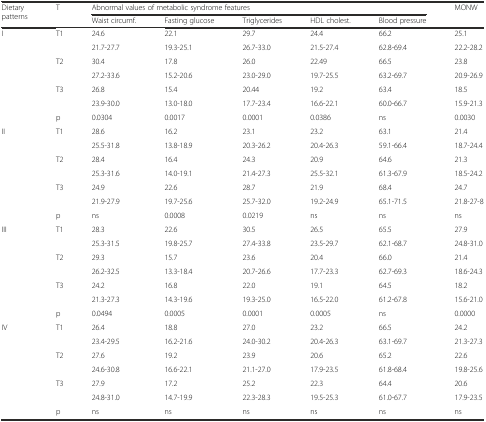
<table><thead><tr><td rowspan="2"><b>Dietary patterns</b></td><td rowspan="2"><b>T</b></td><td colspan="5"><b>Abnormal values of metabolic syndrome features</b></td><td rowspan="2"><b>MONW</b></td></tr><tr><td><b>Waist circumf.</b></td><td><b>Fasting glucose</b></td><td><b>Triglycerides</b></td><td><b>HDL cholest.</b></td><td><b>Blood pressure</b></td></tr></thead><tbody><tr><td rowspan="7">I</td><td rowspan="2">T1</td><td>24.6</td><td>22.1</td><td>29.7</td><td>24.4</td><td>66.2</td><td>25.1</td></tr><tr><td>21.7-27.7</td><td>19.3-25.1</td><td>26.7-33.0</td><td>21.5-27.4</td><td>62.8-69.4</td><td>22.2-28.2</td></tr><tr><td rowspan="2">T2</td><td>30.4</td><td>17.8</td><td>26.0</td><td>22.49</td><td>66.5</td><td>23.8</td></tr><tr><td>27.2-33.6</td><td>15.2-20.6</td><td>23.0-29.0</td><td>19.7-25.5</td><td>63.2-69.7</td><td>20.9-26.9</td></tr><tr><td rowspan="2">T3</td><td>26.8</td><td>15.4</td><td>20.44</td><td>19.2</td><td>63.4</td><td>18.5</td></tr><tr><td>23.9-30.0</td><td>13.0-18.0</td><td>17.7-23.4</td><td>16.6-22.1</td><td>60.0-66.7</td><td>15.9-21.3</td></tr><tr><td>p</td><td>0.0304</td><td>0.0017</td><td>0.0001</td><td>0.0386</td><td>ns</td><td>0.0030</td></tr><tr><td rowspan="7">II</td><td rowspan="2">T1</td><td>28.6</td><td>16.2</td><td>23.1</td><td>23.2</td><td>63.1</td><td>21.4</td></tr><tr><td>25.5-31.8</td><td>13.8-18.9</td><td>20.3-26.2</td><td>20.4-26.3</td><td>59.1-66.4</td><td>18.7-24.4</td></tr><tr><td rowspan="2">T2</td><td>28.4</td><td>16.4</td><td>24.3</td><td>20.9</td><td>64.6</td><td>21.3</td></tr><tr><td>25.3-31.6</td><td>14.0-19.1</td><td>21.4-27.3</td><td>25.5-32.1</td><td>61.3-67.9</td><td>18.5-24.2</td></tr><tr><td rowspan="2">T3</td><td>24.9</td><td>22.6</td><td>28.7</td><td>21.9</td><td>68.4</td><td>24.7</td></tr><tr><td>21.9-27.9</td><td>19.7-25.6</td><td>25.7-32.0</td><td>19.2-24.9</td><td>65.1-71.5</td><td>21.8-27-8</td></tr><tr><td>p</td><td>ns</td><td>0.0008</td><td>0.0219</td><td>ns</td><td>ns</td><td>ns</td></tr><tr><td rowspan="7">III</td><td rowspan="2">T1</td><td>28.3</td><td>22.6</td><td>30.5</td><td>26.5</td><td>65.5</td><td>27.9</td></tr><tr><td>25.3-31.5</td><td>19.8-25.7</td><td>27.4-33.8</td><td>23.5-29.7</td><td>62.1-68.7</td><td>24.8-31.0</td></tr><tr><td rowspan="2">T2</td><td>29.3</td><td>15.7</td><td>23.6</td><td>20.4</td><td>66.0</td><td>21.4</td></tr><tr><td>26.2-32.5</td><td>13.3-18.4</td><td>20.7-26.6</td><td>17.7-23.3</td><td>62.7-69.3</td><td>18.6-24.3</td></tr><tr><td rowspan="2">T3</td><td>24.2</td><td>16.8</td><td>22.0</td><td>19.1</td><td>64.5</td><td>18.2</td></tr><tr><td>21.3-27.3</td><td>14.3-19.6</td><td>19.3-25.0</td><td>16.5-22.0</td><td>61.2-67.8</td><td>15.6-21.0</td></tr><tr><td>p</td><td>0.0494</td><td>0.0005</td><td>0.0001</td><td>0.0005</td><td>ns</td><td>0.0000</td></tr><tr><td rowspan="7">IV</td><td rowspan="2">T1</td><td>26.4</td><td>18.8</td><td>27.0</td><td>23.2</td><td>66.5</td><td>24.2</td></tr><tr><td>23.4-29.5</td><td>16.2-21.6</td><td>24.0-30.2</td><td>20.4-26.3</td><td>63.1-69.7</td><td>21.3-27.3</td></tr><tr><td rowspan="2">T2</td><td>27.6</td><td>19.2</td><td>23.9</td><td>20.6</td><td>65.2</td><td>22.6</td></tr><tr><td>24.6-30.8</td><td>16.6-22.1</td><td>21.1-27.0</td><td>17.9-23.5</td><td>61.8-68.4</td><td>19.8-25.6</td></tr><tr><td rowspan="2">T3</td><td>27.9</td><td>17.2</td><td>25.2</td><td>22.3</td><td>64.4</td><td>20.6</td></tr><tr><td>24.8-31.0</td><td>14.7-19.9</td><td>22.3-28.3</td><td>19.5-25.3</td><td>61.0-67.7</td><td>17.9-23.5</td></tr><tr><td>p</td><td>ns</td><td>ns</td><td>ns</td><td>ns</td><td>ns</td><td>ns</td></tr></tbody></table>